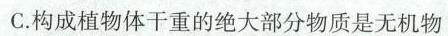
C.构成植物体干重的绝大部分物质是无机物